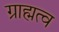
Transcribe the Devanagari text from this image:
ग्राह्मत्व